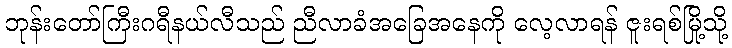
ဘုန်းတော်ကြီးဂရီနယ်လီသည် ညီလာခံအခြေအနေကို လေ့လာရန် ဇူးရစ်မြို့သို့